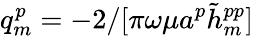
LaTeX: q_{m}^{p}=-2/[\pi\omega\mu a^{p}\tilde{h}_{m}^{pp}]